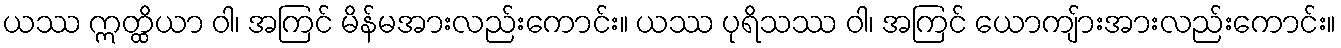
ယဿ ဣတ္ထိယာ ဝါ၊ အကြင် မိန်မအားလည်းကောင်း။ ယဿ ပုရိသဿ ဝါ၊ အကြင် ယောကျ်ားအားလည်းကောင်း။